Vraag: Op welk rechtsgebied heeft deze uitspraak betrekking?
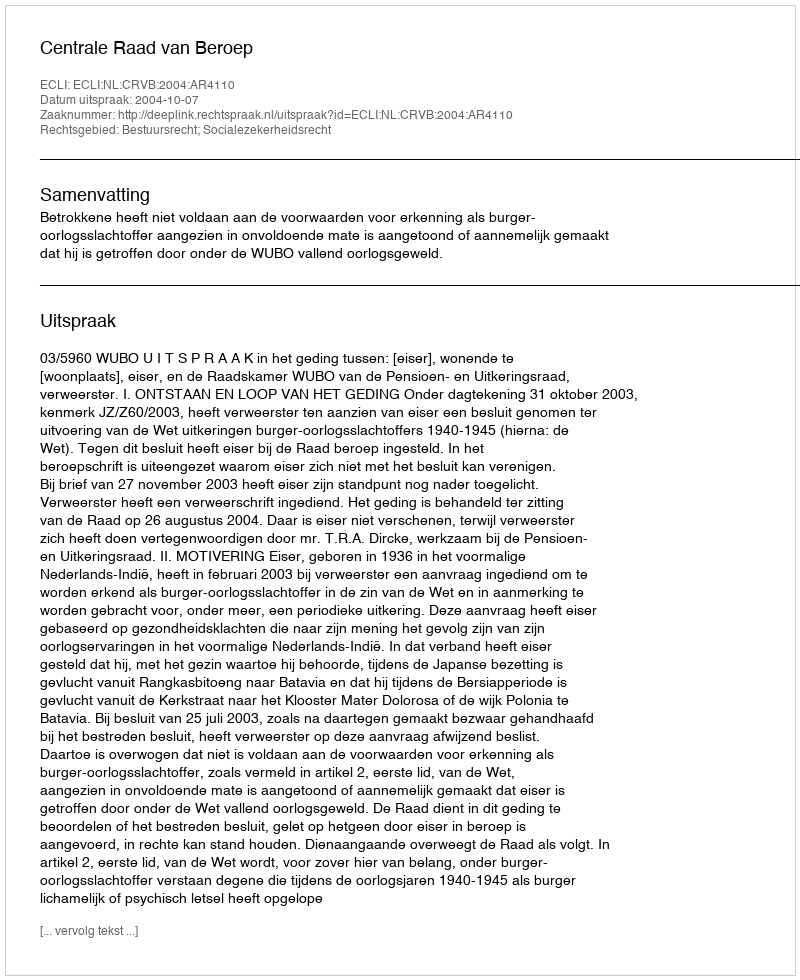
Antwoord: Bestuursrecht; Socialezekerheidsrecht